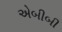
એબીબી